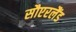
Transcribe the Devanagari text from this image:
सौएरलैंड